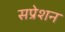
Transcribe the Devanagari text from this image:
सप्रेशन